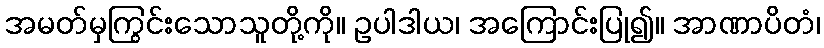
အမတ်မှကြွင်းသောသူတို့ကို။ ဥပါဒါယ၊ အကြောင်းပြု၍။ အာဏာပိတံ၊